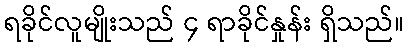
ရခိုင်လူမျိုးသည် ၄ ရာခိုင်နှုန်း ရှိသည်။